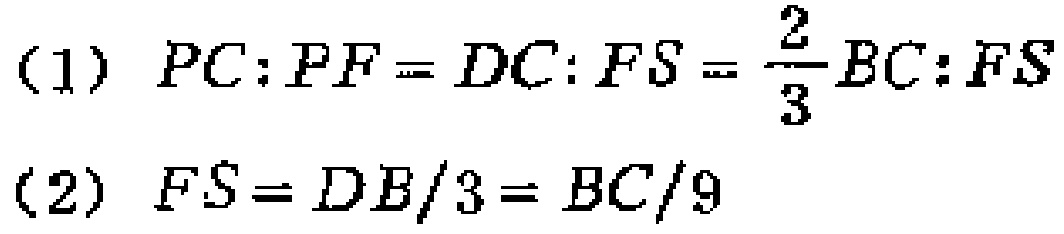
(1) \(PC:PF = DC:FS=\frac{2}{3}BC:FS\)
(2) \(FS = DB/3 = BC/9\)